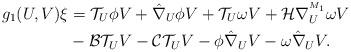
LaTeX: \begin{align*}g_1(U,V)\xi&=\mathcal{T}_{U}\phi V+\hat{\nabla}_{U}\phi V+\mathcal{T}_{U}\omega V+\mathcal{H}\nabla^{^{M_1}}_{U}\omega V \\&-\mathcal{B}\mathcal{T}_{U}V-\mathcal{C}\mathcal{T}_{U}V-\phi \hat{\nabla}_{U}V-\omega \hat{\nabla}_{U}V. \end{align*}